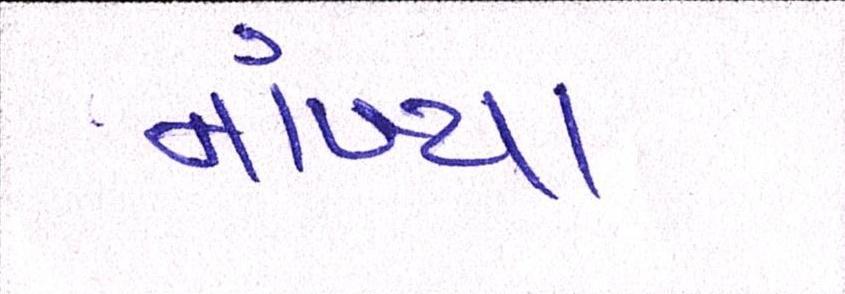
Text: નાંખ્યા